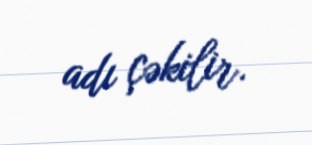
adı çəkilir.